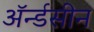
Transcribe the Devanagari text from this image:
ॲर्न्डसीन